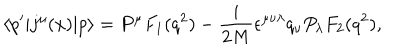
\left< p ^ { \prime } | j ^ { \mu } ( x ) | p \right> = P ^ { \mu } F _ { 1 } ( q ^ { 2 } ) - { \frac { i } { 2 M } } \epsilon ^ { \mu \nu \lambda } q _ { \nu } P _ { \lambda } F _ { 2 } ( q ^ { 2 } ) ,